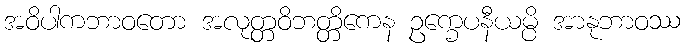
အဝိပါကဘာဝတော အလုတ္တဝိဘတ္တိကေန ဥက္ခေပနီယမ္ပိ အာနုဘာဝဿ